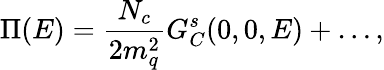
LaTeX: \Pi(E)={\frac{N_{c}}{2m_{q}^{2}}}G_{C}^{s}(0,0,E)+\ldots,